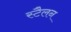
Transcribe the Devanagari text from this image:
स्टैलन